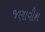
જણાવીશ